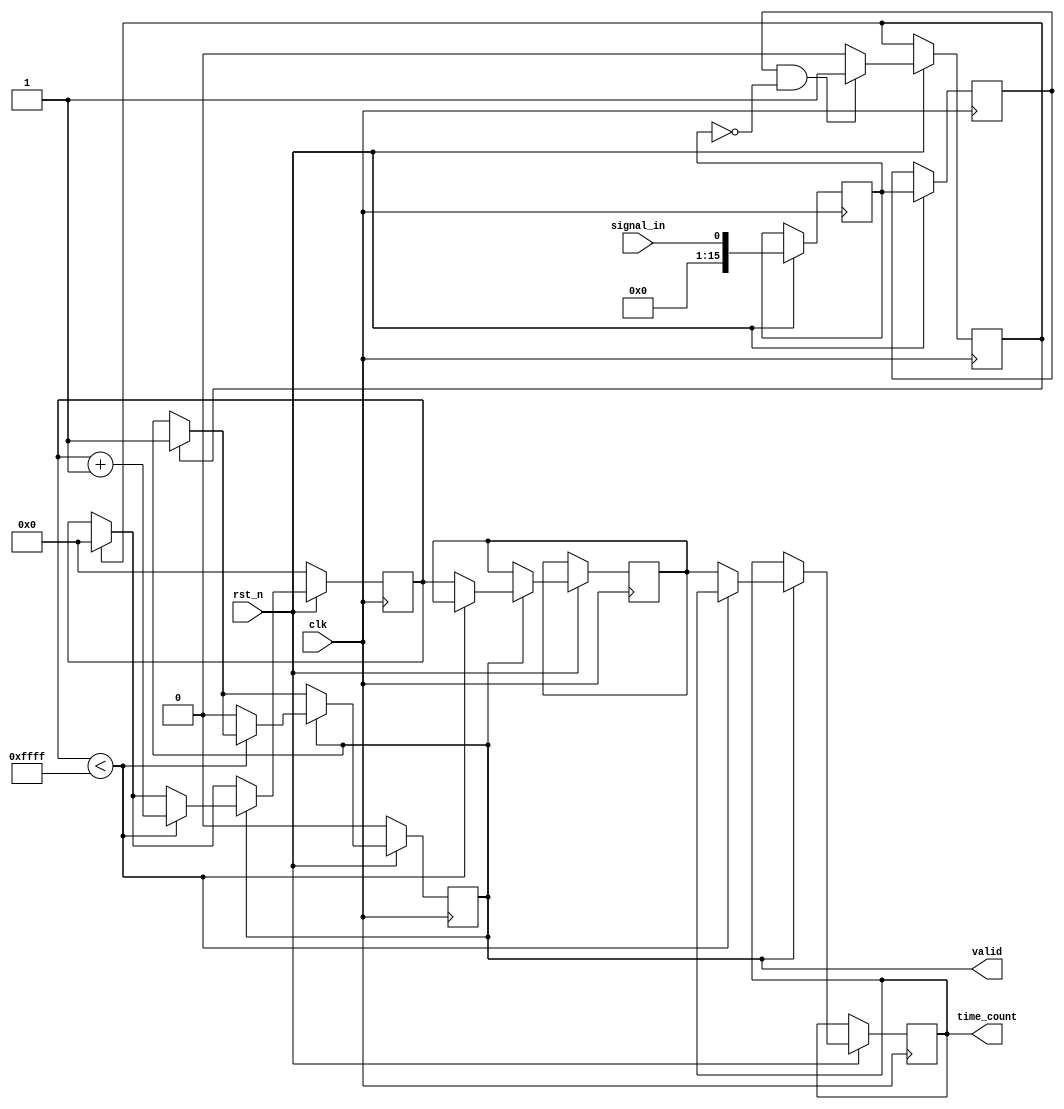
module TDC (
    input wire clk,           // System Clock
    input wire rst_n,        // Active-low Reset
    input wire signal_in,     // Input Signal
    output reg [15:0] time_count, // Time Interval Count Output
    output reg valid         // Output Valid Signal
);

    // Parameters
    parameter DELAY_LINE_SIZE = 16; // Number of taps in the delay line
    parameter MAX_COUNT = (1 << DELAY_LINE_SIZE) - 1; // Maximum count based on delay size

    // Internal Signals
    reg [DELAY_LINE_SIZE-1:0] delay_line [0:DELAY_LINE_SIZE-1]; // Delay Line
    reg [3:0] read_index;      // Read index for delay line
    reg trigger;               // Trigger Signal from Comparator
    reg [15:0] counter;        // High Resolution Counter
    reg [15:0] event_reg;      // Event Register for time count
    reg calibration_enable;     // Calibration Enable Signal

    // Initialize the Delay Line and other registers
    integer i;
    initial begin
        for (i = 0; i < DELAY_LINE_SIZE; i = i + 1) begin
            delay_line[i] = 0; // Initialize delay line
        end
        time_count = 0;
        valid = 0;
        event_reg = 0;
        counter = 0;
        read_index = 0;
        trigger = 0;
        calibration_enable = 0;
    end

    // Delay Line Generation (a simple example with inverters)
    always @(posedge clk) begin
        if (!rst_n) begin
            // Reset logic
            counter <= 0;
            valid <= 0;
            read_index <= 0;
        end else begin
            // Update Delay Line
            delay_line[0] <= signal_in;
            for (i = 1; i < DELAY_LINE_SIZE; i = i + 1) begin
                delay_line[i] <= delay_line[i-1];
            end
            
            // Trigger detection (simple edge detection for rising edge)
            if (delay_line[1] && !delay_line[0]) begin
                trigger <= 1; // Rising edge detected
            end else begin
                trigger <= 0;
            end

            // Time Measurement Core
            if (trigger) begin
                counter <= 0;
                valid <= 1; // Mark valid output
            end
            
            // Counting Logic
            if (valid) begin
                if (counter < MAX_COUNT) begin
                    counter <= counter + 1; // Increment counter if valid
                end else begin
                    valid <= 0; // Stop counting after max count
                    event_reg <= counter; // Store the count
                    time_count <= event_reg; // Update time count output
                end
            end
        end
    end

    // Calibration Logic Placeholder (To be implemented)
    always @(posedge clk) begin
        if (calibration_enable) begin
            // Calibration Logic to adjust delay line could go here
        end
    end

endmodule